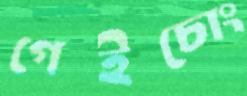
গেইচোং